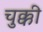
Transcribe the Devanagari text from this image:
चुक्की